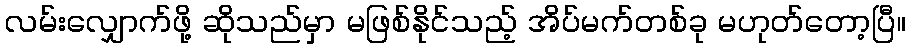
လမ်းလျှောက်ဖို့ ဆိုသည်မှာ မဖြစ်နိုင်သည့် အိပ်မက်တစ်ခု မဟုတ်တော့ပြီ။